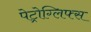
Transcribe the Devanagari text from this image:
पेट्रोग्लिफ्स